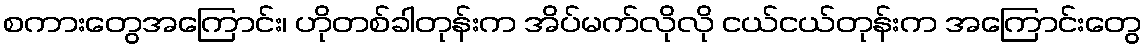
စကားတွေအကြောင်း၊ ဟိုတစ်ခါတုန်းက အိပ်မက်လိုလို ငယ်ငယ်တုန်းက အကြောင်းတွေ